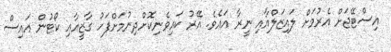
އިސްޓޭޖަށް އެރުމަށް ލައިޒަލްއާއި ނީރާ އައެވެ. އޭރު ކައިވެނިކޮށްދިނުމަށްފަހު ގާޒީއާއި ކޯޓުން އައިސް